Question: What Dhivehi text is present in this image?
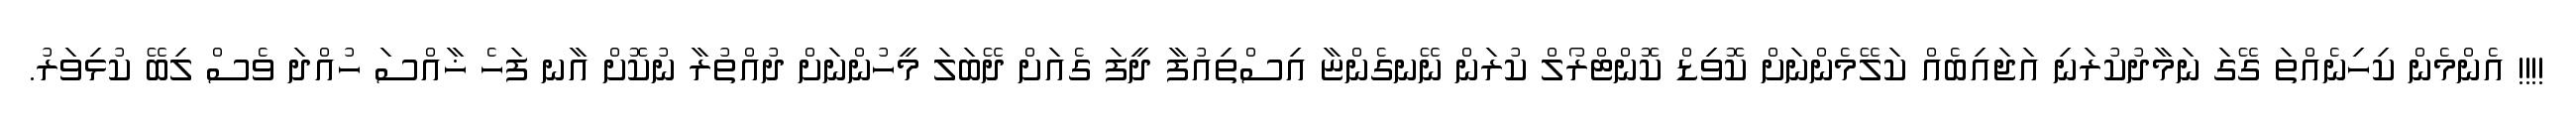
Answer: !!!! އެންމެން ކިހިނެއްތަ ގޭގަ ނަމާދުކުރަނި އަޖައިބެއް ކަލޭމެންނަށް ކޮވިޑް ކޮންޓްރޯލް ކުރަން ނޭނގެންޏާ އިސްތިއުފާ ދީފަ ގެއަށް ދޭބަލަ މީހުންނަށް ދުއްތުރާ ނުކޮށް އާނ ފަހެ ޚާއްސަ ހުއްދަ ވެސް ލިބޭ ކުޅިވަރު.